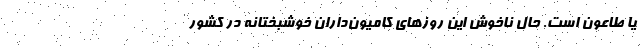
یا طاعون است. حال ناخوش این روزهای کامیون‌داران خوشبختانه در کشور